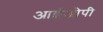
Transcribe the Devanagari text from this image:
आईओपी